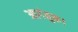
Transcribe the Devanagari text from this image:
आगंतुक।